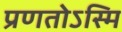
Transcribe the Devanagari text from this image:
प्रणतोऽस्मि